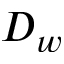
D _ { w }